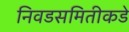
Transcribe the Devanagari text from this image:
निवडसमितीकडे